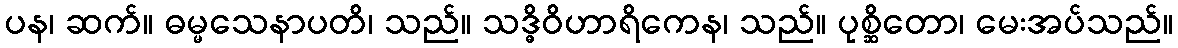
ပန၊ ဆက်။ ဓမ္မသေနာပတိ၊ သည်။ သဒ္ဓိဝိဟာရိကေန၊ သည်။ ပုစ္ဆိတော၊ မေးအပ်သည်။